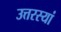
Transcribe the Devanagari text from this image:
उत्तरस्यां